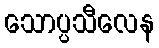
သောပ္ပသီလေန